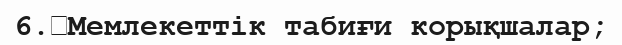
6.	Мемлекеттік табиғи корықшалар;